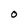
Character: O